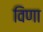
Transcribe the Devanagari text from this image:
विणा